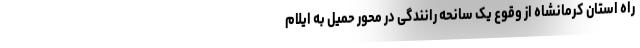
راه استان کرمانشاه از وقوع یک سانحه رانندگی در محور حمیل به ایلام